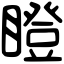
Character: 瞪